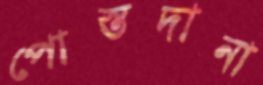
পোস্তদানা